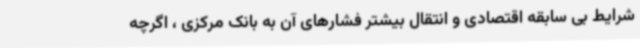
شرایط بی سابقه اقتصادی و انتقال بیشتر فشارهای آن به بانک مرکزی ، اگرچه